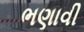
ભણાવી